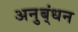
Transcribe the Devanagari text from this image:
अनुब्ंधन